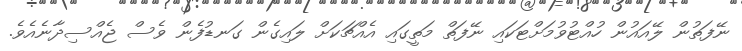
ނޭފަތުން ލޭއައުން ހުއްޓުވުމަށްޓަކައި ނޭފަތް މަތީގައި އެއްޗަކަށް ލައިގެން ގަނޑުފެން ވެސް ޖެއްސިދާނެއެވެ.